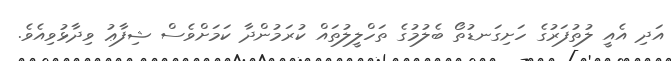
އަދި އެއީ ލުތުފަރުގެ ހަށިގަނޑުތޯ ބެލުމުގެ ތަހްލީލުތައް ކުރަމުންދާ ކަމަށްވެސް ޝިފާޢު ވިދާޅުވިއެވެ.